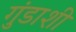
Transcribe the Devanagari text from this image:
गुंडाशी